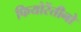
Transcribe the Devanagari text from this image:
फियोरेंतीनो